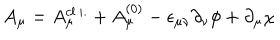
LaTeX: A _ { \mu } = A _ { \mu } ^ { c l . i . } + A _ { \mu } ^ { ( 0 ) } - \epsilon _ { \mu \nu } \partial _ { \nu } \phi + \partial _ { \mu } \chi